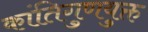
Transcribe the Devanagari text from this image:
कांतिगुणयुक्त